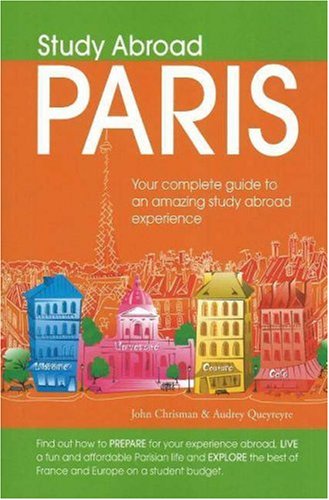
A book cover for Study Abroad Paris: Your Complete Guide to an Amazing Study Abroad Experience; John Chrisman; Travel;